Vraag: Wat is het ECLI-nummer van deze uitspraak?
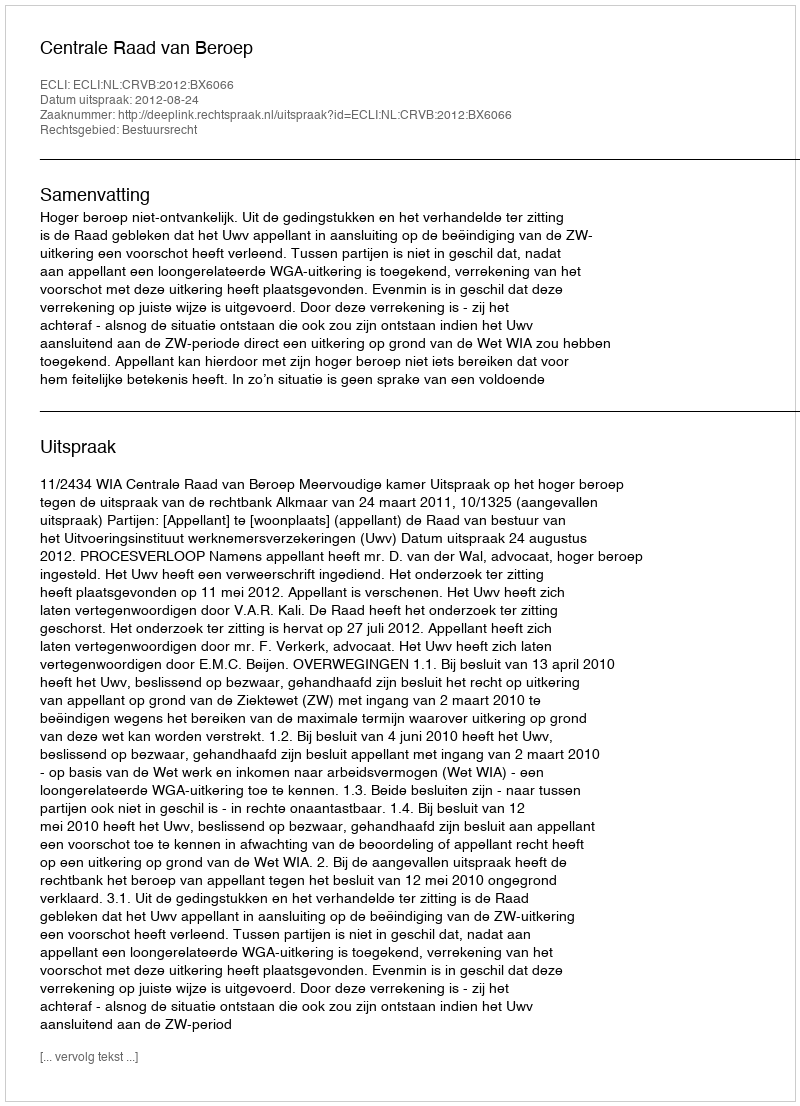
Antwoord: ECLI:NL:CRVB:2012:BX6066